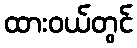
ထားဝယ်တွင်